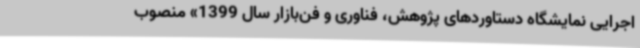
اجرایی نمایشگاه دستاوردهای پژوهش، فناوری و فن‌بازار سال 1399» منصوب